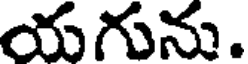
యగును.